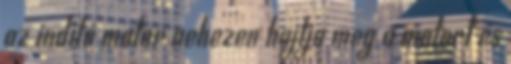
az inditó motor nehezen hajtja meg a motort és